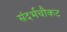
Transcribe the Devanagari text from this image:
संदर्भचौकट